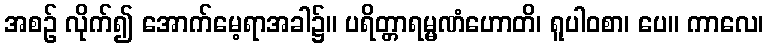
အစဉ် လိုက်၍ အောက်မေ့ရာအခါ၌။ ပရိတ္တာရမ္မဏံဟောတိ၊ ရူပါဝစာ၊ ပေ။ ကာလေ၊